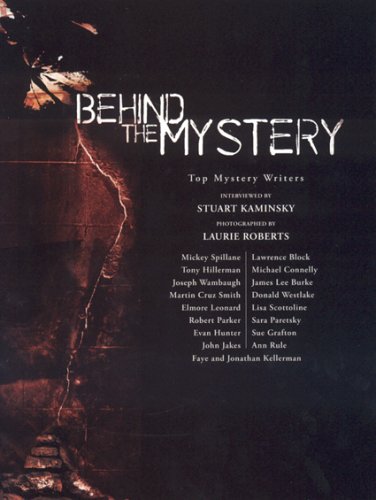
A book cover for Behind the Mystery; Stuart M. Kaminsky; Mystery, Thriller & Suspense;